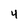
Character: 4